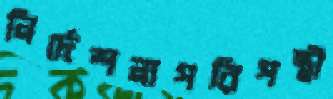
নির্দেশনাপরিপন্থী